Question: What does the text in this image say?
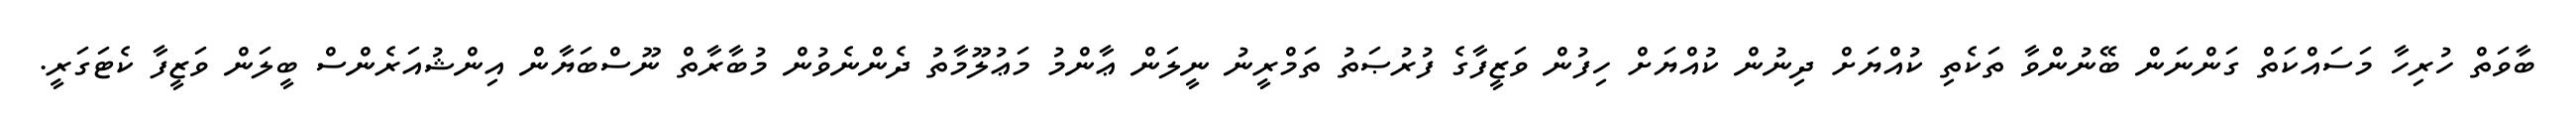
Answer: ބާވަތް ހުރިހާ މަސައްކަތް ގަންނަން ބޭނުންވާ ތަކެތި ކުއްޔަށް ދިނުން ކުއްޔަށް ހިފުން ވަޒީފާގެ ފުރުޞަތު ތަމްރީނު ނީލަން ޢާންމު މަޢުލޫމާތު ދެންނެވުން މުބާރާތް ނޫސްބަޔާން އިންޝުއަރެންސް ބީލަން ވަޒީފާ ކެޓަގަރީ.